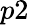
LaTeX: p2